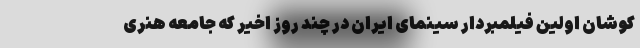
کوشان اولین فیلمبردار سینمای ایران در چند روز اخیر که جامعه هنری